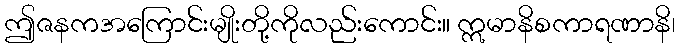
ဤဇနကအကြောင်းမျိုးတို့ကိုလည်းကောင်း။ ဣမာနိစကာရဏာနိ၊